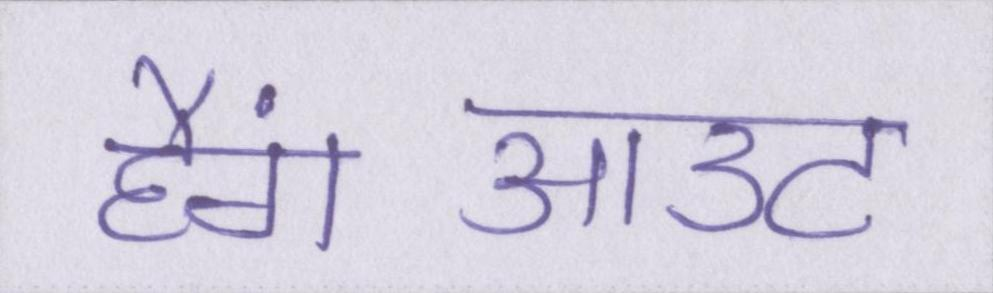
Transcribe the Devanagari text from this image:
हैंगआउट